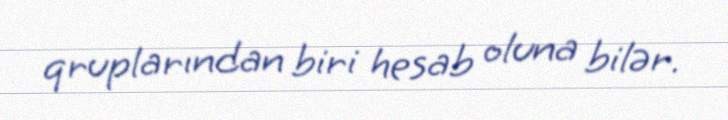
qruplarından biri hesab oluna bilər.